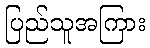
ပြည်သူအကြား